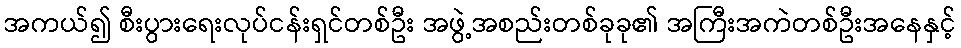
အကယ်၍ စီးပွားရေးလုပ်ငန်းရှင်တစ်ဦး အဖွဲ့အစည်းတစ်ခုခု၏ အကြီးအကဲတစ်ဦးအနေနှင့်